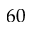
6 0